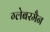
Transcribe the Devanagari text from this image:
ग्लेबरमैन